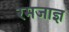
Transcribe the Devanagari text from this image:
रमजाज्ञ